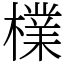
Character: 檏